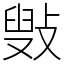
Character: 㪢